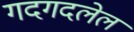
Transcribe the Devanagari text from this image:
गदगदलेलं